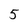
Character: 5